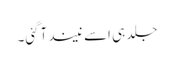
جلد ہی اسے نیند آگئی۔